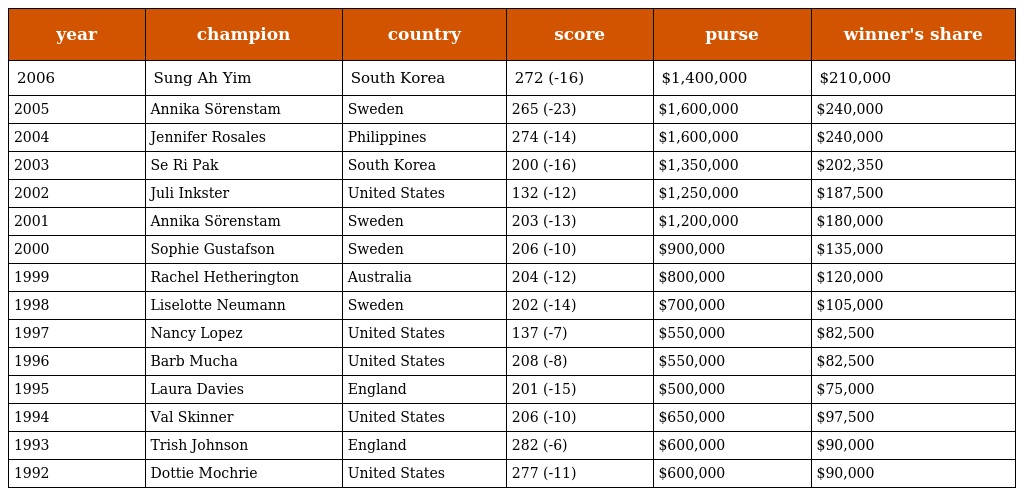
| year | champion | country | score | purse | winner's share |
 | --- | --- | --- | --- | --- | --- |
 | 2006 | Sung Ah Yim | South Korea | 272 (-16) | $1,400,000 | $210,000 |
 | 2005 | Annika Sörenstam | Sweden | 265 (-23) | $1,600,000 | $240,000 |
 | 2004 | Jennifer Rosales | Philippines | 274 (-14) | $1,600,000 | $240,000 |
 | 2003 | Se Ri Pak | South Korea | 200 (-16) | $1,350,000 | $202,350 |
 | 2002 | Juli Inkster | United States | 132 (-12) | $1,250,000 | $187,500 |
 | 2001 | Annika Sörenstam | Sweden | 203 (-13) | $1,200,000 | $180,000 |
 | 2000 | Sophie Gustafson | Sweden | 206 (-10) | $900,000 | $135,000 |
 | 1999 | Rachel Hetherington | Australia | 204 (-12) | $800,000 | $120,000 |
 | 1998 | Liselotte Neumann | Sweden | 202 (-14) | $700,000 | $105,000 |
 | 1997 | Nancy Lopez | United States | 137 (-7) | $550,000 | $82,500 |
 | 1996 | Barb Mucha | United States | 208 (-8) | $550,000 | $82,500 |
 | 1995 | Laura Davies | England | 201 (-15) | $500,000 | $75,000 |
 | 1994 | Val Skinner | United States | 206 (-10) | $650,000 | $97,500 |
 | 1993 | Trish Johnson | England | 282 (-6) | $600,000 | $90,000 |
 | 1992 | Dottie Mochrie | United States | 277 (-11) | $600,000 | $90,000 |